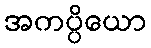
အကပ္ပိယော